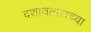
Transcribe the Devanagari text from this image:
दशावताराच्या